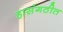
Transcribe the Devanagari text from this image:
हासंगठीत